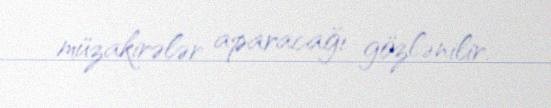
müzakirələr aparacağı gözlənilir.